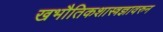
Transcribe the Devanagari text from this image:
खभौतिकशास्त्रज्ञावरुन